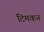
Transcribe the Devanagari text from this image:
टिमकन